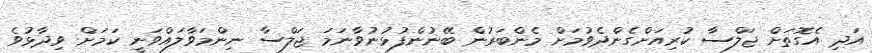
އަދި އެގޮތަށް ޖަލްސާ ކުރިއަށްގެންދެވުމަށް މެންބަރުން ބޭނުންފުޅުނުވާނަމަ ޖަލްސާ ނިންމަވާލައްވަނީ ކަމަށް ވިދާޅުވެ